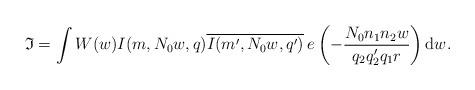
LaTeX: \begin{align*}\mathfrak{I}=\int W(w)I(m,N_0w,q)\overline{I(m',N_0w,q')}\:e\left(-\frac{N_0n_1n_2w}{q_2q_2'q_1r}\right)\mathrm{d}w.\end{align*}